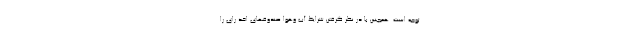
توجه است .همچنین با در نظر گرفتن شرایط آب وهوا صندوقهای اخذ رای را